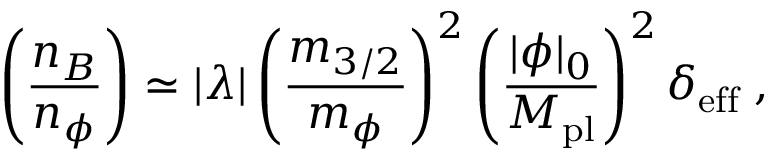
\left( \frac { n _ { B } } { n _ { \phi } } \right) \simeq | \lambda | \left( \frac { m _ { 3 / 2 } } { m _ { \phi } } \right) ^ { 2 } \left( \frac { | \phi | _ { 0 } } { M _ { \mathrm { p l } } } \right) ^ { 2 } \delta _ { \mathrm { e f f } } \; ,